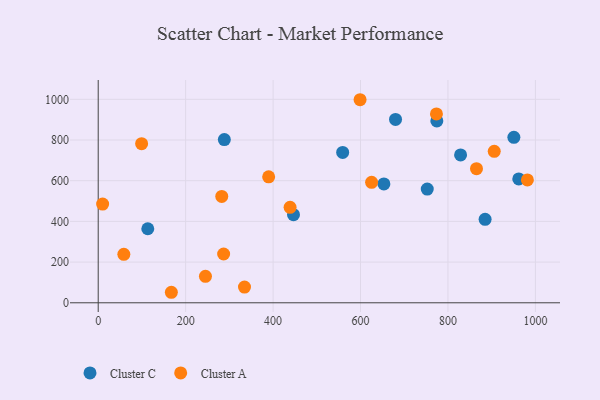
{"axis": {"x": "Engine Size", "y": "Profit"}, "legend": ["Cluster A", "Cluster C"], "data": [{"x": "962.0", "y": 609.0, "type": "Cluster C"}, {"x": "288.5", "y": 802.1, "type": "Cluster C"}, {"x": "559.2", "y": 739.1, "type": "Cluster C"}, {"x": "653.5", "y": 584.4, "type": "Cluster C"}, {"x": "446.7", "y": 433.2, "type": "Cluster C"}, {"x": "950.8", "y": 813.1, "type": "Cluster C"}, {"x": "752.7", "y": 559.0, "type": "Cluster C"}, {"x": "680.1", "y": 901.3, "type": "Cluster C"}, {"x": "113.4", "y": 363.8, "type": "Cluster C"}, {"x": "774.6", "y": 893.8, "type": "Cluster C"}, {"x": "828.9", "y": 726.9, "type": "Cluster C"}, {"x": "885.0", "y": 410.4, "type": "Cluster C"}, {"x": "58.6", "y": 238.3, "type": "Cluster A"}, {"x": "334.6", "y": 77.4, "type": "Cluster A"}, {"x": "286.9", "y": 239.9, "type": "Cluster A"}, {"x": "438.9", "y": 469.2, "type": "Cluster A"}, {"x": "981.7", "y": 603.9, "type": "Cluster A"}, {"x": "167.3", "y": 51.7, "type": "Cluster A"}, {"x": "99.3", "y": 782.2, "type": "Cluster A"}, {"x": "625.4", "y": 592.3, "type": "Cluster A"}, {"x": "245.3", "y": 129.9, "type": "Cluster A"}, {"x": "282.6", "y": 522.6, "type": "Cluster A"}, {"x": "905.9", "y": 744.4, "type": "Cluster A"}, {"x": "773.7", "y": 928.4, "type": "Cluster A"}, {"x": "599.0", "y": 998.0, "type": "Cluster A"}, {"x": "389.9", "y": 619.0, "type": "Cluster A"}, {"x": "865.3", "y": 659.1, "type": "Cluster A"}, {"x": "10.1", "y": 485.3, "type": "Cluster A"}]}